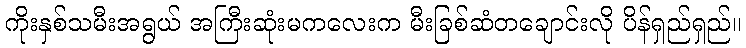
ကိုးနှစ်သမီးအရွယ် အကြီးဆုံးမကလေးက မီးခြစ်ဆံတချောင်းလို ပိန်ရှည်ရှည်။